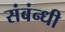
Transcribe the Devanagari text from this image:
संबंन्धी